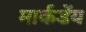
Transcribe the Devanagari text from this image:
मार्कडेंय